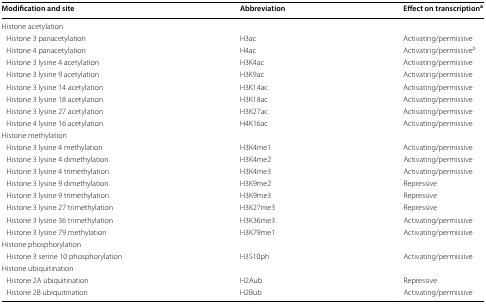
| Modification and site | Abbreviation | Effect on transcriptiona |
 | --- | --- | --- |
 | <COLSPAN=3> Histone acetylation |
 | Histone 3 panacetylation | H3ac | Activating/permissive |
 | Histone 4 panacetylation | H4ac | Activating/permissiveb |
 | Histone 3 lysine 4 acetylation | H3K4ac | Activating/permissive |
 | Histone 3 lysine 9 acetylation | H3K9ac | Activating/permissive |
 | Histone 3 lysine 14 acetylation | H3K14ac | Activating/permissive |
 | Histone 3 lysine 18 acetylation | H3K18ac | Activating/permissive |
 | Histone 3 lysine 27 acetylation | H3K27ac | Activating/permissive |
 | Histone 4 lysine 16 acetylation | H4K16ac | Activating/permissive |
 | <COLSPAN=3> Histone methylation |
 | Histone 3 lysine 4 methylation | H3K4me1 | Activating/permissive |
 | Histone 3 lysine 4 dimethylation | H3K4me2 | Activating/permissive |
 | Histone 3 lysine 4 trimethylation | H3K4me3 | Activating/permissive |
 | Histone 3 lysine 9 dimethylation | H3K9me2 | Repressive |
 | Histone 3 lysine 9 trimethylation | H3K9me3 | Repressive |
 | Histone 3 lysine 27 trimethylation | H3K27me3 | Repressive |
 | Histone 3 lysine 36 trimethylation | H3K36me3 | Activating/permissive |
 | Histone 3 lysine 79 methylation | H3K79me1 | Activating/permissive |
 | <COLSPAN=3> Histone phosphorylation |
 | Histone 3 serine 10 phosphorylation | H3S10ph | Activating/permissive |
 | <COLSPAN=3> Histone ubiquitination |
 | Histone 2A ubiquitination | H2Aub | Repressive |
 | Histone 2B ubiquitination | H2Bub | Activating/permissive |